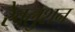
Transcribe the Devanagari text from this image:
रेवलुशन